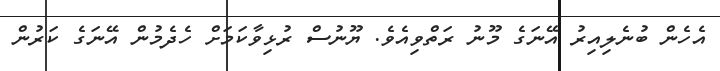
އެހެން ބުނެލިއިރު އޭނަގެ މޫނު ރަތްވިއެވެ. ޔޫނުސް ރުޅިވާކަމަށް ހެދެމުން އޭނަގެ ކަރުން